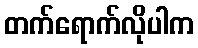
တက်ရောက်လိုပါက